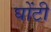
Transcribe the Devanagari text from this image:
घोंटी